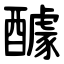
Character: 醵